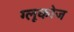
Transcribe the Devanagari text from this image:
ग्‍लूकोज